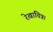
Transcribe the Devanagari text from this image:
रेखाचित्र।